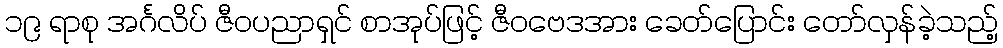
၁၉ ရာစု အင်္ဂလိပ် ဇီဝပညာရှင် စာအုပ်ဖြင့် ဇီဝဗေဒအား ခေတ်ပြောင်း တော်လှန်ခဲ့သည့်